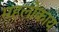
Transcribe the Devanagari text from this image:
महलोकाय